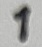
Text: 1